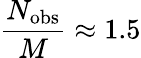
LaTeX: \frac{N_{\mathrm{{obs}}}}{M}\approx 1.5